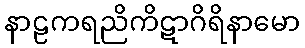
နာဠကရညိကိဋာဂိရိနာမော